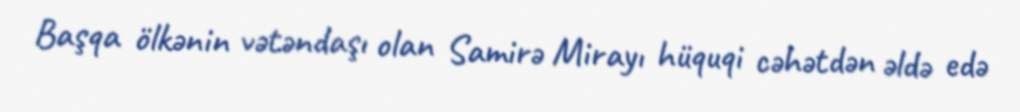
Başqa ölkənin vətəndaşı olan Samirə Mirayı hüquqi cəhətdən əldə edə